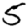
Digit: 5